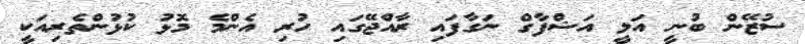
ސުޒޭން ބުނީ އަލީ އަޝްފާގް ނަގާފައި ރާއްޖޭގައި ހުރި އެންމެ މޮޅު ކުޅުންތެރިއަކީ